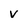
Character: v